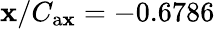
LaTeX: \mathbf{x}/C_{\mathrm{{a\mathbf{x}}}}=-0.6786